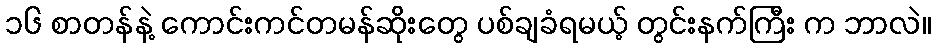
၁၆ စာတန်နဲ့ ကောင်းကင်တမန်ဆိုးတွေ ပစ်ချခံရမယ့် တွင်းနက်ကြီး က ဘာလဲ။